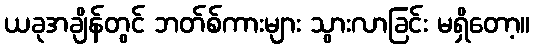
ယခုအချိန်တွင် ဘတ်စ်ကားများ သွားလာခြင်း မရှိတော့။